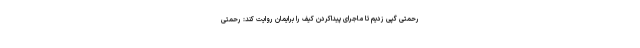
رحمتی گپی زدیم تا ماجرای پیداکردن کیف را برایمان روایت کند: رحمتی